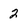
Character: 2